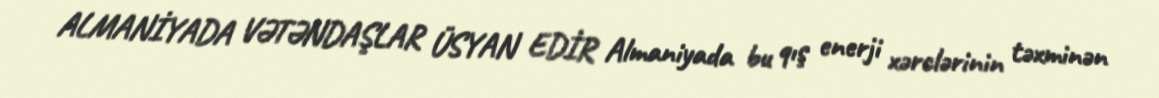
ALMANİYADA VƏTƏNDAŞLAR ÜSYAN EDİR Almaniyada bu qış enerji xərclərinin təxminən